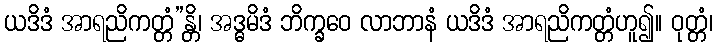
ယဒိဒံ အာရညိကတ္တံ”န္တိ၊ အဒ္ဓမိဒံ ဘိက္ခဝေ လာဘာနံ ယဒိဒံ အာရညိကတ္တံဟူ၍။ ဝုတ္တံ၊